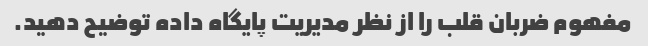
مفهوم ضربان قلب را از نظر مدیریت پایگاه داده توضیح دهید.